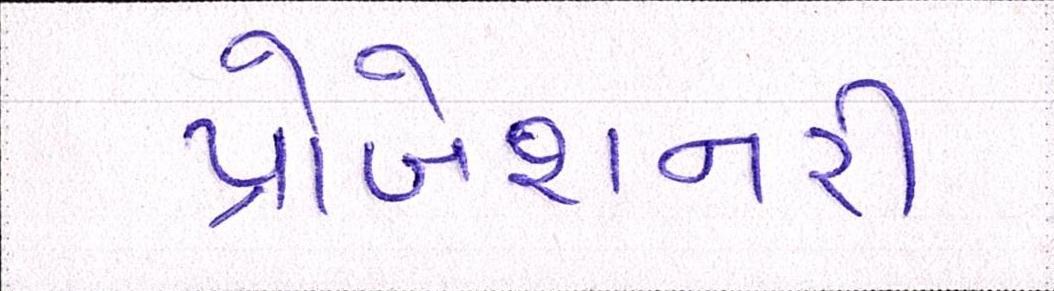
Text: પ્રોબેશનરી